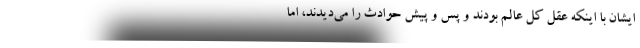
ایشان با اینکه عقل کل عالم بودند و پس و پیش حوادث را می‌دیدند، امّا